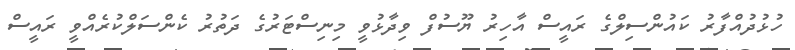
ހުޅުދުއްފާރު ކައުންސިލްގެ ރައީސް އާހިރު ޔޫސުފް ވިދާޅުވީ މިނިސްޓަރުގެ ދަތުރު ކެންސަލްކުރެއްވީ ރައީސް